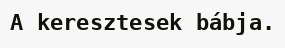
A keresztesek bábja.